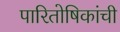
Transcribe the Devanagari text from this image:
पारितोषिकांची